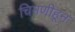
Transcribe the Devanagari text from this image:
चिमणीहून